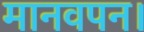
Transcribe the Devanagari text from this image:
मानवपन।